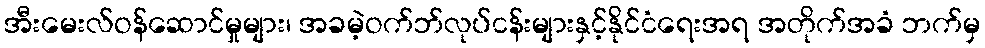
အီးမေးလ်ဝန်ဆောင်မှုများ၊ အခမဲ့ဝက်ဘ်လုပ်ငန်းများနှင့်နိုင်ငံရေးအရ အတိုက်အခံ ဘက်မှ